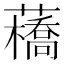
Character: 𧂼